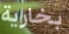
بخارية